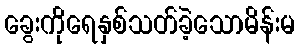
ခွေးကိုရေနှစ်သတ်ခဲ့သောမိန်းမ